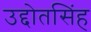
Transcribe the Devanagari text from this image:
उद्दोतसिंह